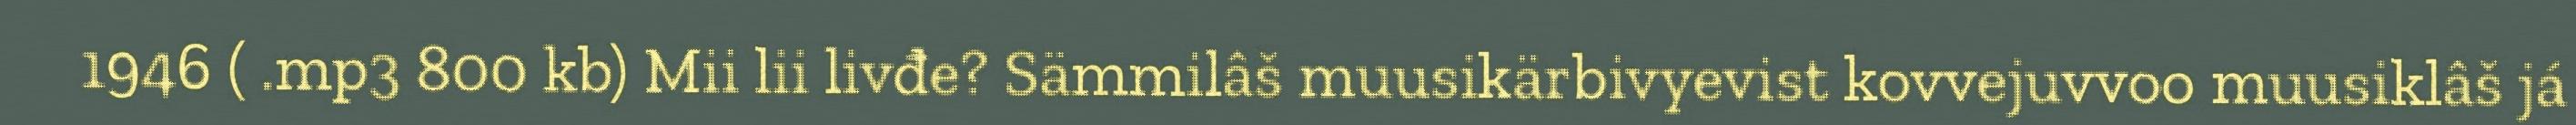
1946 ( .mp3 800 kb) Mii lii livđe? Sämmilâš muusikärbivyevist kovvejuvvoo muusiklâš já